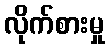
လိုက်စားမှု